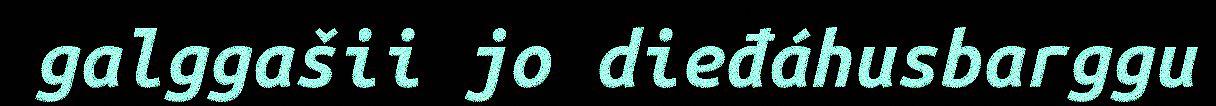
galggašii jo dieđáhusbarggu